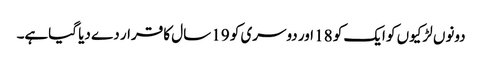
دونوں لڑکیوں کو ایک کو 18 اور دوسری کو 19 سال کا قرار دے دیا گیاہے۔